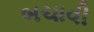
બચાવી